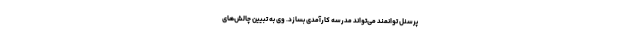
پرسنل توانمند می‌تواند مدرسه کارآمدی بسازد. وی به تبیین چالش‌های